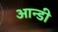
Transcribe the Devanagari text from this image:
आन्डी